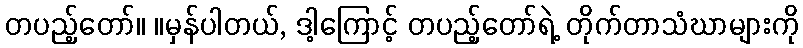
တပည့်တော်။ ။မှန်ပါတယ်, ဒါ့ကြောင့် တပည့်တော်ရဲ့ တိုက်တာသံဃာများကို